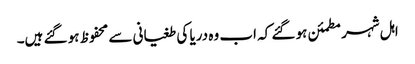
اہل شہر مطمئن ہو گئے کہ اب وہ دریا کی طغیانی سے محفوظ ہو گئے ہیں۔